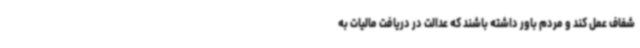
شفاف عمل کند و مردم باور داشته باشند که عدالت در دریافت مالیات به